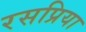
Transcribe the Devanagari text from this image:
रसप्रिया